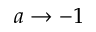
a \rightarrow - 1